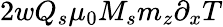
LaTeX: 2wQ_{s}\mu_{0}M_{s}m_{z}\partial_{x}T